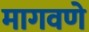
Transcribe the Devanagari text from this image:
मागवणे